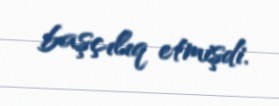
başçılıq etmişdi.